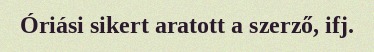
Óriási sikert aratott a szerző, ifj.